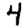
Digit: 4